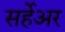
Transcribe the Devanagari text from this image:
सर्हेअर